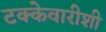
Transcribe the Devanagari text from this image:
टक्केवारीशी